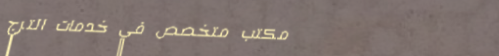
مكتب متخصص في خدمات الترج